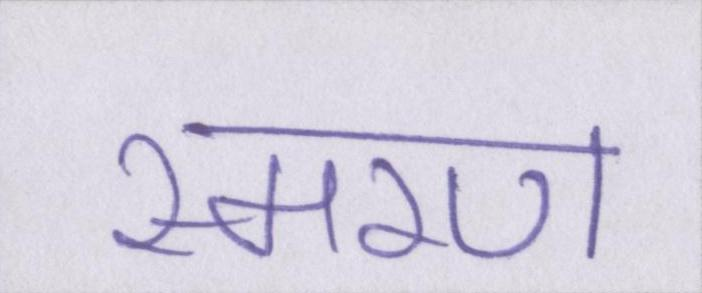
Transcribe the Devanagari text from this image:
स्मरण